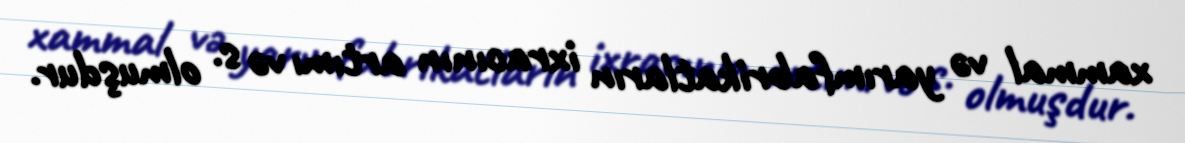
xammal və yarımfabrikatların ixracının artımı və s. olmuşdur.